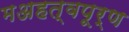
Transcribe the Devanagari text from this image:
मअहत्वपूर्ण